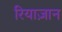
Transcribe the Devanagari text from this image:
रियाज़ान